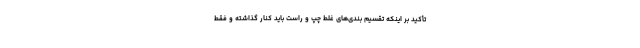
تأکید بر اینکه تقسیم بندی‌های غلط چپ و راست باید کنار گذاشته و فقط